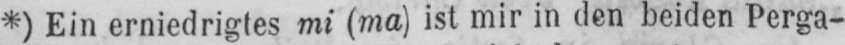
*) Ein erniedrigtes mi (ma) ist mir in den beiden Perga-